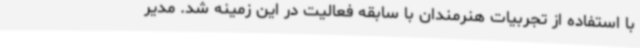
با استفاده از تجربیات هنرمندان با سابقه فعالیت در این زمینه شد. مدیر